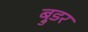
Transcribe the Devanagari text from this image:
ब्रुडर